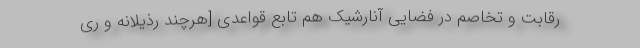
رقابت و تخاصم در فضایی آنارشیک هم تابع قواعدی [هرچند رذیلانه و ری